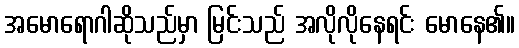
အမောရောဂါဆိုသည်မှာ မြင်းသည် အလိုလိုနေရင်း မောနေ၏။